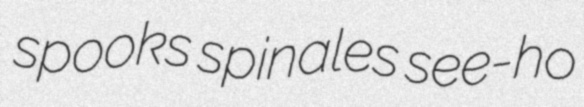
spooks spinales see-ho